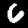
Digit: 6